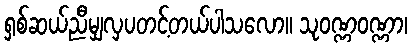
ရှစ်ဆယ်ညီမျှလှပတင့်တယ်ပါသလော။ သုဝဏ္ဏဝဏ္ဏာ၊